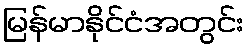
မြန်မာနိုင်ငံအတွင်း